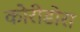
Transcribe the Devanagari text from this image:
कोरीडोरा